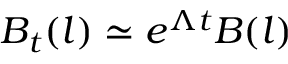
B _ { t } ( l ) \simeq e ^ { \Lambda t } B ( l )